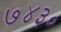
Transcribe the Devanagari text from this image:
७४३०